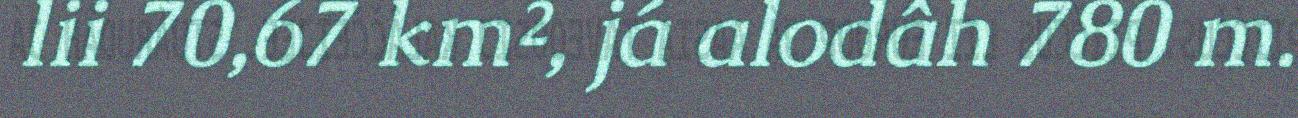
lii 70,67 km², já alodâh 780 m.